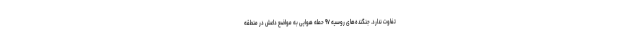
تفاوت ندارد. جنگنده‌های روسیه ۹۷ حمله هوایی به مواضع داعش در منطقه